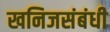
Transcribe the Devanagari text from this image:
खनिजसंबंधी